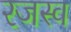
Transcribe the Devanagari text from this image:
रजस्व